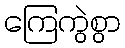
ကြေကွဲစွာ